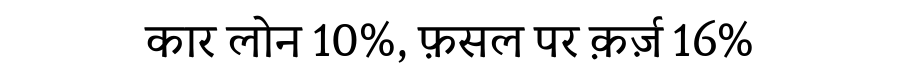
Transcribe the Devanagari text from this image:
कार लोन 10%, फ़सल पर क़र्ज़ 16%